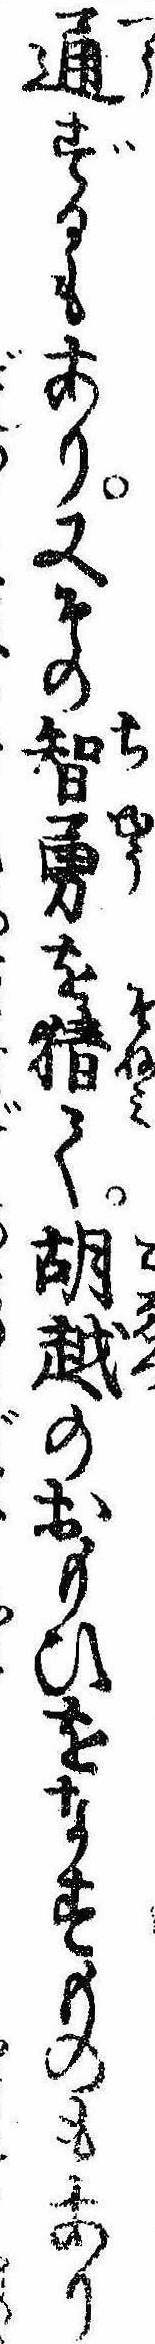
通ずるもあり又その智勇を猜て胡越のおもひをなすものもあり